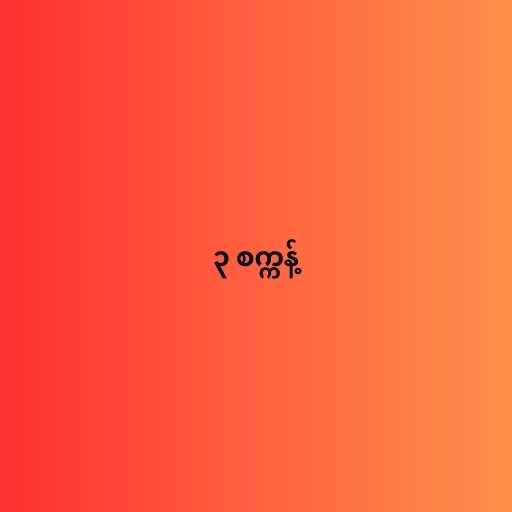
၃ စက္ကန့်